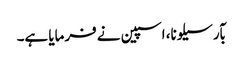
بآرسیلونا، اسپین نے فرمایا ہے۔